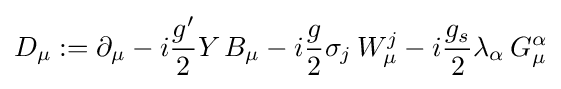
D_{\mu }:=\partial _{\mu }-i{\frac {g'}{2}}Y\,B_{\mu }-i{\frac {g}{2}}\sigma _{j}\,W_{\mu }^{j}-i{\frac {g_{s}}{2}}\lambda _{\alpha }\,G_{\mu }^{\alpha }